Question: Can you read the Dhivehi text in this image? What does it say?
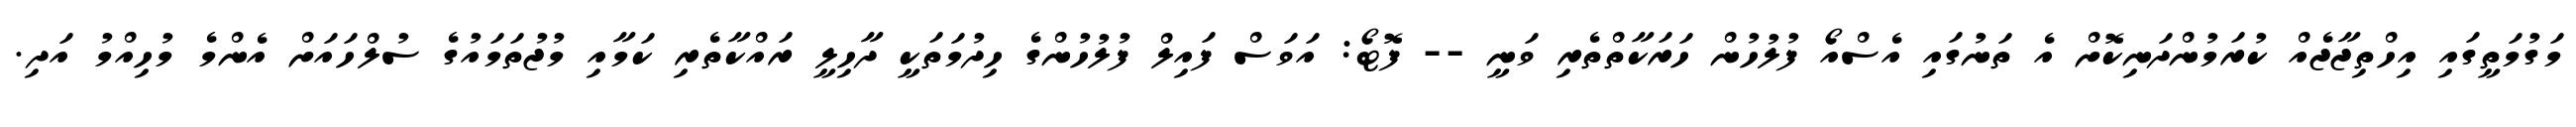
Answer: މަގުމަތީގައި އިހްތިޖާޖެއް ކުރަމުންދަނިކޮށް އެ ތަނުގައި އެސްއޯ ފުލުހުން ހަރަކާތްތެރި ވަނީ -- ފޮޓޯ: އަވަސް ފައިލް ފުލުހުންގެ ހިދުމަތަކީ ދާހިލީ ރައްކާތެރި ކަމާއި މުޖުތަމައުގެ ސުލްހައަށް އެންމެ މުހިއްމު އަދި.